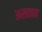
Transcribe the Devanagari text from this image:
असताय